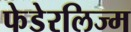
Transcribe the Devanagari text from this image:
फेडेरलिज्म